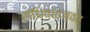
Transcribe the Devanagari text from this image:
संधिवातज्वर